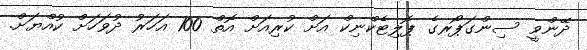
ދޭންވީ ސިންގަޕޯރގެ ޕޮލިޓެކްނިކް އަށް ކުރިއަށް އޮތް 100 އަހަރު ދުވަހަށް ކުއްޔަށް.